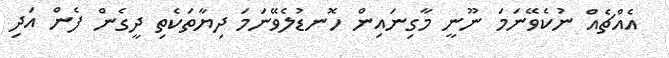
އެއްޗެއް ނުކެވޭނަމަ ނޫނީ މާގިނައިން ހޮނޑުލެވޭނަމަ ދިޔާތަކެތި ދީގެން ފެން އަދި